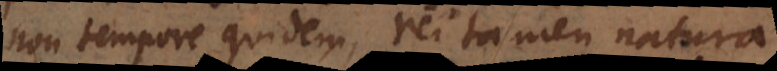
non tempore quidem, rei tamen natura